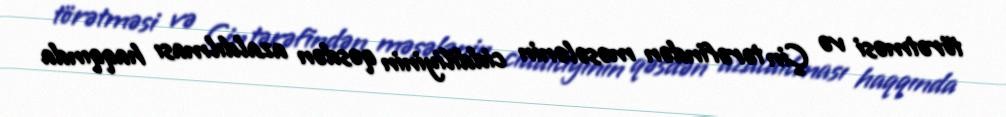
törətməsi və Çin tərəfindən məsələnin ciddiliyinin qəsdən azaldılması haqqında